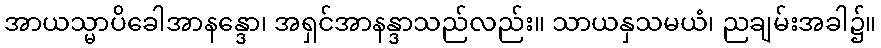
အာယသ္မာပိခေါအာနန္ဒော၊ အရှင်အာနန္ဒာသည်လည်း။ သာယနှသမယံ၊ ညချမ်းအခါ၌။